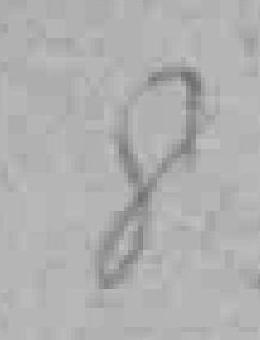
8